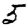
Digit: 5